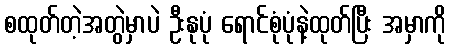
စထုတ်တဲ့အတွဲမှာပဲ ဦးနုပုံ ရောင်စုံပုံနဲ့ထုတ်ပြီး အမှာကို